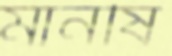
মানষি